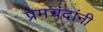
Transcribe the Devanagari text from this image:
प्रेमचंदांनी